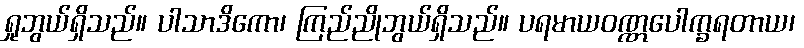
ရှုဘွယ်ရှိသည်။ ပါသာဒိကော၊ ကြည်ညိုဘွယ်ရှိသည်။ ပရမာယဝဏ္ဏပေါက္ခရတာယ၊